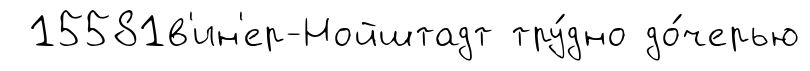
15581в'ин'ер-Нойштадт тру́дно до́черью